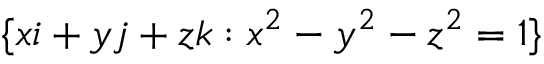
~ \{ x i + y j + z k : x ^ { 2 } - y ^ { 2 } - z ^ { 2 } = 1 \}